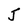
Character: J